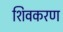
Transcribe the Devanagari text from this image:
शिवकरण